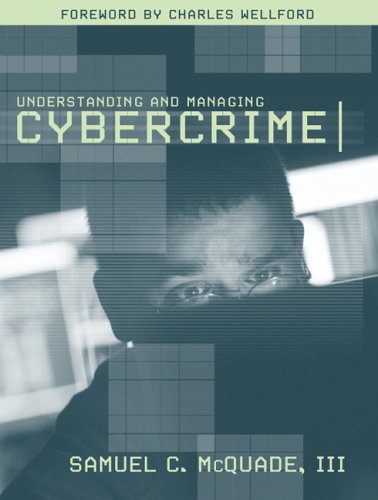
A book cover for Understanding and Managing Cybercrime; Sam C. McQuade III; Law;